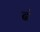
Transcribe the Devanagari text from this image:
ढं